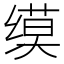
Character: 𫄲